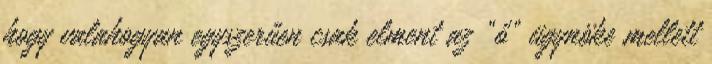
hogy valahogyan egyszerűen csak elment az “ő” ügynöke mellett